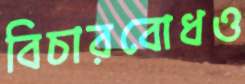
বিচারবোধও